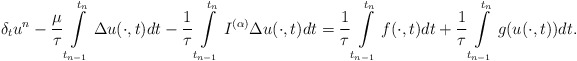
\begin{align*} \delta_{t}u^{n}-\frac{\mu}{\tau}\int\limits^{t_{n}}_{t_{n-1}}\Delta u(\cdot,t)dt -\frac{1}{\tau}\int\limits^{t_{n}}_{t_{n-1}}I^{(\alpha)}\Delta u(\cdot,t)dt =\frac{1}{\tau}\int\limits^{t_{n}}_{t_{n-1}}f(\cdot,t)dt+ \frac{1}{\tau}\int\limits^{t_{n}}_{t_{n-1}}g(u(\cdot,t))dt. \end{align*}